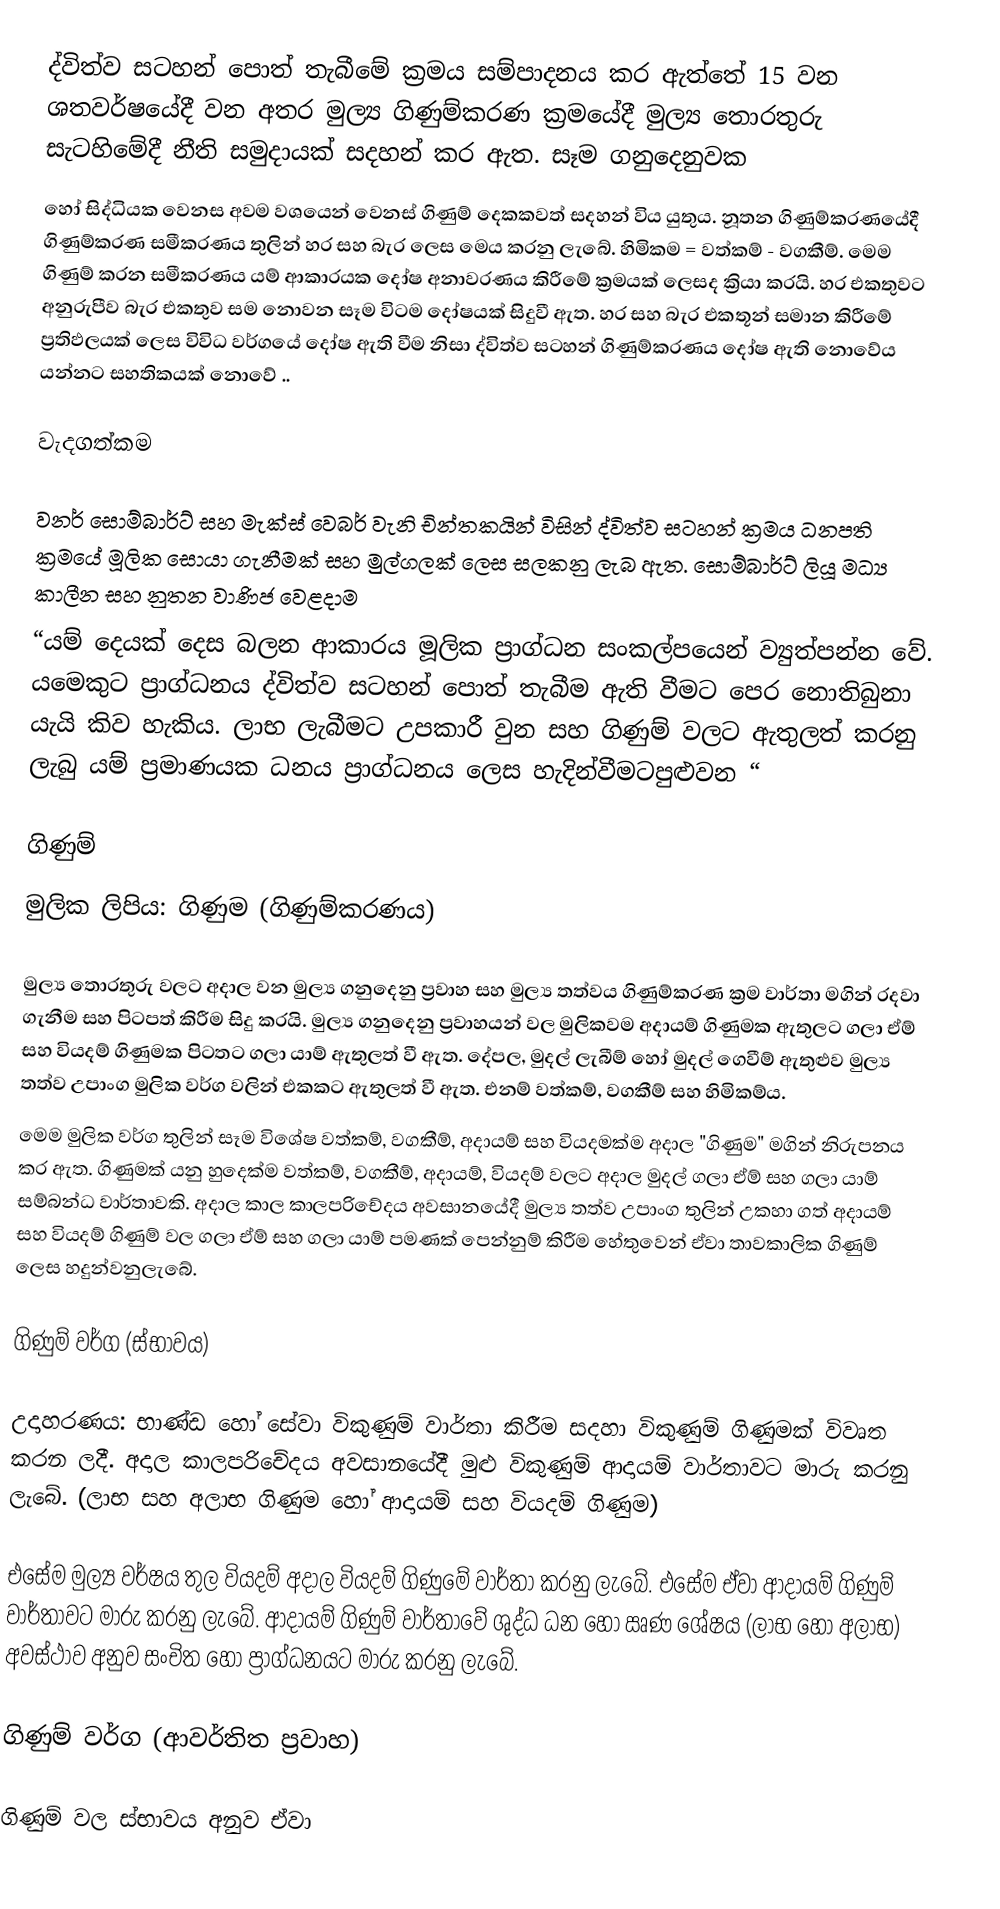
ද්විත්ව  සටහන් පොත් තැබීමේ ක්‍රමය සම්පාදනය කර ඇත්තේ 15 වන ශතවර්ෂයේදී වන අතර මුල්‍ය ගිණුම්කරණ ක්‍රමයේදී  මුල්‍ය තොරතුරු සැටහිමේදී  නීති සමුදායක් සදහන් කර ඇත. සෑම ගනුදෙනුවක
හෝ සිද්ධියක වෙනස  අවම වශයෙන් වෙනස් ගිණුම් දෙකකවත් සදහන් විය යුතුය. නූතන ගිණුම්කරණයේදී ගිණුම්කරණ සමීකරණය තුලින් හර සහ බැර ලෙස මෙය කරනු ලැබේ. හිමිකම = වත්කම් - වගකීම්. මෙම   ගිණුම් කරන සමීකරණය යම් ආකාරයක දෝෂ අනාවරණය කිරීමේ ක්‍රමයක් ලෙසද ක්‍රියා කරයි. හර එකතුවට අනුරුපීව බැර එකතුව සම නොවන සෑම විටම දෝෂයක් සිදුවී ඇත. හර සහ බැර එකතූන් සමාන කිරීමේ  ප්‍රතිඵලයක්  ලෙස විවිධ වර්ගයේ දෝෂ ඇති වීම නිසා ද්විත්ව  සටහන් ගිණුම්කරණය දෝෂ ඇති නොවේය  යන්නට සහතිකයක් නොවේ ..

වැදගත්කම

වනර් සොම්බාර්ට් සහ මැක්ස්  වෙබර්  වැනි චින්තකයින්  විසින් ද්විත්ව සටහන් ක්‍රමය ධනපති ක්‍රමයේ මූලික සොයා ගැනීමක් සහ මුල්ගලක් ලෙස සලකනු ලැබ ඇත. සොම්බාර්ට් ලියූ මධ්‍ය කාලීන සහ නුතන වාණිජ වෙළදාම
“යම් දෙයක් දෙස බලන ආකාරය මූලික ප්‍රාග්ධන සංකල්පයෙන් ව්‍යුත්පන්න වේ. යමෙකුට ප්‍රාග්ධනය ද්විත්ව සටහන් පොත් තැබීම  ඇති වීමට පෙර නොතිබුනා යැයි කිව හැකිය. ලාභ ලැබීමට උපකාරී වුන සහ ගිණුම් වලට ඇතුලත් කරනු ලැබු යම් ප්‍රමාණයක ධනය  ප්‍රාග්ධනය ලෙස හැදින්වීමටපුළුවන “

ගිණුම්
මුලික ලිපිය: ගිණුම (ගිණුම්කරණය)

මුල්‍ය  තොරතුරු වලට අදාල වන මුල්‍ය ගනුදෙනු ප්‍රවාහ සහ මුල්‍ය  තත්වය ගිණුම්කරණ ක්‍රම වාර්තා මගින් රදවා ගැනීම සහ පිටපත් කිරීම සිදු කරයි. මුල්‍ය ගනුදෙනු ප්‍රවාහයන් වල මුලිකවම අදායම් ගිණුමක ඇතුලට ගලා ඒම් සහ වියදම් ගිණුමක පිටතට ගලා යාම් ඇතුලත් වී ඇත. දේපල, මුදල් ලැබීම් හෝ මුදල් ගෙවීම් ඇතුළුව මුල්‍ය තත්ව උපාංග මුලික වර්ග වලින් එකකට ඇතුලත් වී ඇත. එනම් වත්කම්, වගකීම් සහ හිමිකම්ය.
මෙම මුලික වර්ග තුලින් සෑම විශේෂ වත්කම්, වගකීම්, අදායම් සහ වියදමක්ම අදාල "ගිණුම" මගින් නිරුපනය කර ඇත. ගිණුමක් යනු හුදෙක්ම වත්කම්, වගකීම්, අදායම්, වියදම් වලට අදාල මුදල් ගලා ඒම් සහ ගලා යාම් සම්බන්ධ වාර්තාවකි. අදාල කාල  කාලපරිචේදය  අවසානයේදී  මුල්‍ය තත්ව උපාංග තුලින් උකහා ගත් අදායම් සහ වියදම් ගිණුම් වල ගලා ඒම්  සහ ගලා යාම් පමණක් පෙන්නුම් කිරීම හේතුවෙන් ඒවා තාවකාලික ගිණුම් ලෙස හදුන්වනුලැබේ.

ගිණුම් වර්ග (ස්භාවය)

උදාහරණය: භාණ්ඩ හෝ සේවා විකුණුම් වාර්තා කිරීම සදහා විකුණුම් ගිණුමක් විවෘත කරන ලදී. අදාල කාලපරිචේදය අවසානයේදී මුළු විකුණුම් ආදායම් වාර්තාවට මාරු කරනු ලැබේ. (ලාභ සහ අලාභ ගිණුම හෝ ආදායම් සහ වියදම් ගිණුම)

එසේම මුල්‍ය වර්ෂය තුල වියදම් අදාල වියදම් ගිණුමේ වාර්තා කරනු  ලැබේ. එසේම ඒවා ආදායම් ගිණුම් වාර්තාවට මාරු කරනු ලැබේ. ආදායම් ගිණුම් වාර්තාවේ ශුද්ධ ධන හෝ ඍණ ශේෂය (ලාභ හෝ අලාභ)  අවස්ථාව අනුව සංචිත හෝ ප්‍රාග්ධනයට මාරු කරනු ලැබේ.

ගිණුම් වර්ග (ආවර්තිත ප්‍රවාහ)

ගිණුම් වල ස්භාවය අනුව ඒවා